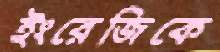
ইংরেজিকে